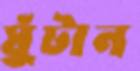
ঘুঁটান